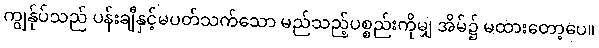
ကျွန်ုပ်သည် ပန်းချီနှင့်မပတ်သက်သော မည်သည့်ပစ္စည်းကိုမျှ အိမ်၌ မထားတော့ပေ။